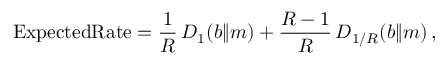
\mathrm { { E x p e c t e d R a t e } } = { \frac { 1 } { R } } \, D _ { 1 } ( b \| m ) + { \frac { R - 1 } { R } } \, D _ { 1 / R } ( b \| m ) \, ,